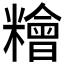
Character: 糩